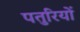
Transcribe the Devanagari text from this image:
पतुरियों